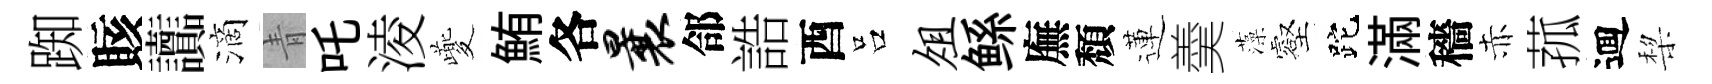
踟賅讟滴青吒淩夔鮪各曩郃誥酉吕俎鲧廡頽蓮羮藻壑跎滿穡赤菰逥棃